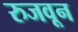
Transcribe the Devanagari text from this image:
रुजवून